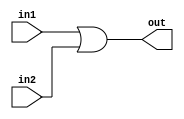
module bit4OR (out,in1,in2);
  input [3:0] in1,in2;
  output [3:0] out;
  assign {out}=in1 |in2;
endmodule